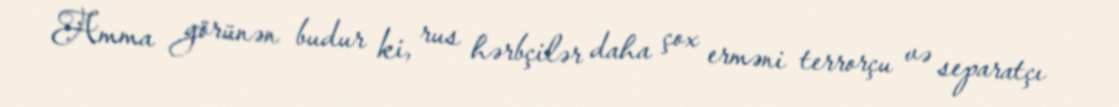
Amma görünən budur ki, rus hərbçilər daha çox erməni terrorçu və separatçı